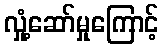
လှုံ့ဆော်မှုကြောင့်